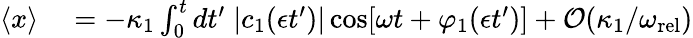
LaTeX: \begin{array}{rl}{\langle x\rangle}&{{}=-\kappa_{1}\int_{0}^{t}dt^{\prime}\; |c_{1}(\epsilon t^{\prime})|\cos[\omega t+\varphi_{1}(\epsilon t^{\prime})]+\mathcal{O}(\kappa_{1}/\omega_{\mathrm{rel}})}\end{array}